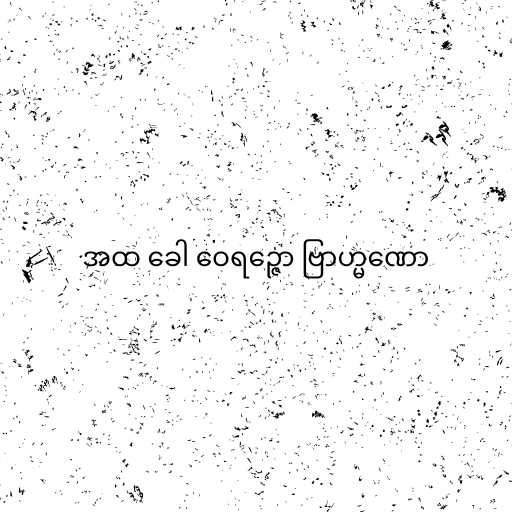
အထ ခေါ ဝေရဉ္ဇော ဗြာဟ္မဏော